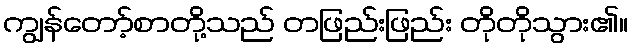
ကျွန်တော့်စာတို့သည် တဖြည်းဖြည်း တိုတိုသွား၏။